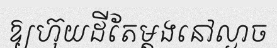
ឱ្យហ៊ុយដីតែម្តងនៅល្ងាច